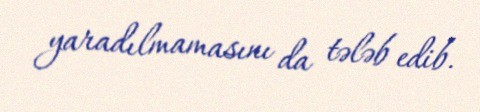
yaradılmamasını da tələb edib.